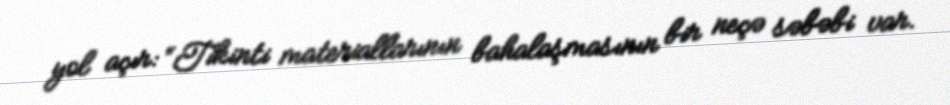
yol açır: “Tikinti materiallarının bahalaşmasının bir neçə səbəbi var.